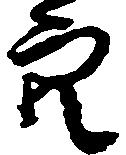
穴